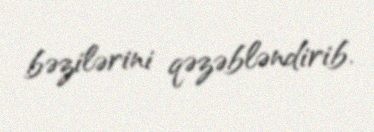
bəzilərini qəzəbləndirib.